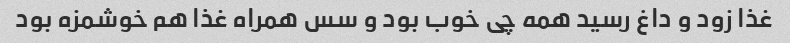
غذا زود و داغ رسید همه چی خوب بود و سس همراه غذا هم خوشمزه بود